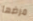
مرضها